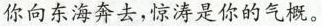
你向东海奔去，惊涛是你的气概。